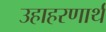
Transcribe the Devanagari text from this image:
उहाहरणार्थ